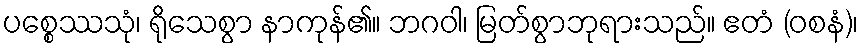
ပစ္စေဿသုံ၊ ရိုသေစွာ နာကုန်၏။ ဘဂဝါ၊ မြတ်စွာဘုရားသည်။ ဧတံ (ဝစနံ)၊